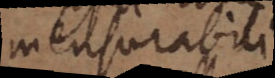
mensurabili